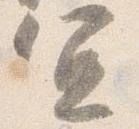
宜